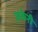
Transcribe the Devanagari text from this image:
ज़केरी